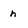
Character: n